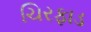
ચિરફાડ